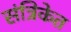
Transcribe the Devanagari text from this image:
संत्रिकेत